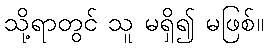
သို့ရာတွင် သူ မရှိ၍ မဖြစ်။